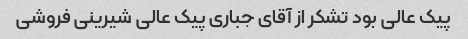
پیک عالی بود تشکر از آقای جباری پیک عالی شیرینی فروشی